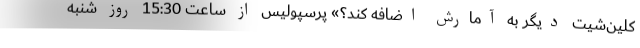
کلین‌شیت دیگر به آمارش اضافه کند؟» پرسپولیس از ساعت 15:30 روز شنبه